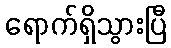
ရောက်ရှိသွားပြီ